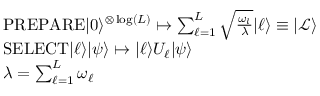
\begin{array} { r l } & { \mathrm { P R E P A R E } \vert 0 \rangle ^ { \otimes \log ( L ) } \mapsto \sum _ { \ell = 1 } ^ { L } \sqrt { \frac { \omega _ { l } } { \lambda } } \vert \ell \rangle \equiv \vert \mathcal { L } \rangle } \\ & { \mathrm { S E L E C T } \vert \ell \rangle \vert \psi \rangle \mapsto \vert \ell \rangle U _ { \ell } \vert \psi \rangle } \\ & { \lambda = \sum _ { \ell = 1 } ^ { L } \omega _ { \ell } } \end{array}